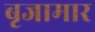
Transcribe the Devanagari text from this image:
बृजामार